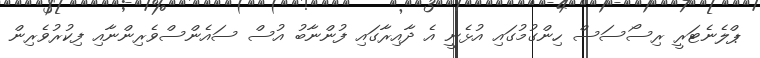
ޕްލެނެޓަރީ ރިސޯސަސް ހިންގުމުގައި އުޅެނީ އެ ދާއިރާގައި ފުންނާބު އުސް ސައެންސްވެރިންނާއި ފިކުރުވެރިން